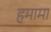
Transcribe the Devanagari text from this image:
हमामा